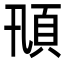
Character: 𩑓